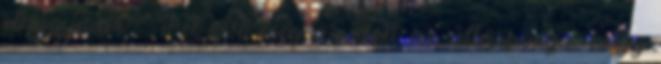
elhagynám" „Fél éve még az volt az álláspontja, hogy